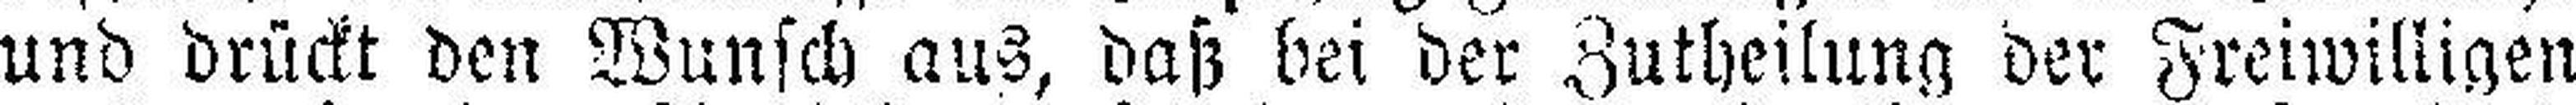
und drückt den Wunsch aus, daß bei der Zutheilung der Freiwilligen